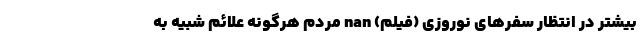
بیشتر در انتظار سفرهای نوروزی (فیلم) nan مردم هرگونه علائم شبیه به